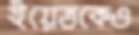
ইয়েত্তকেও